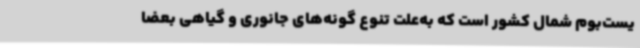
یست‌بوم ‌شمال کشور است که به‌علت تنوع گونه‌های جانوری و گیاهی بعضاً